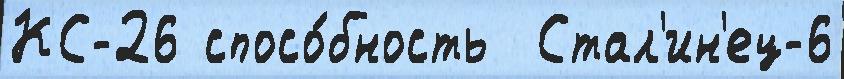
КС-26 спосо́бность  Стал'ин'ец-6